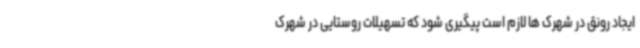
ایجاد رونق در شهرک ها لازم است پیگیری شود که تسهیلات روستایی در شهرک